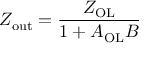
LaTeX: Z _ { \mathrm { o u t } } = { \frac { Z _ { \mathrm { O L } } } { 1 + A _ { \mathrm { O L } } B } }